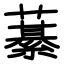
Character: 藄